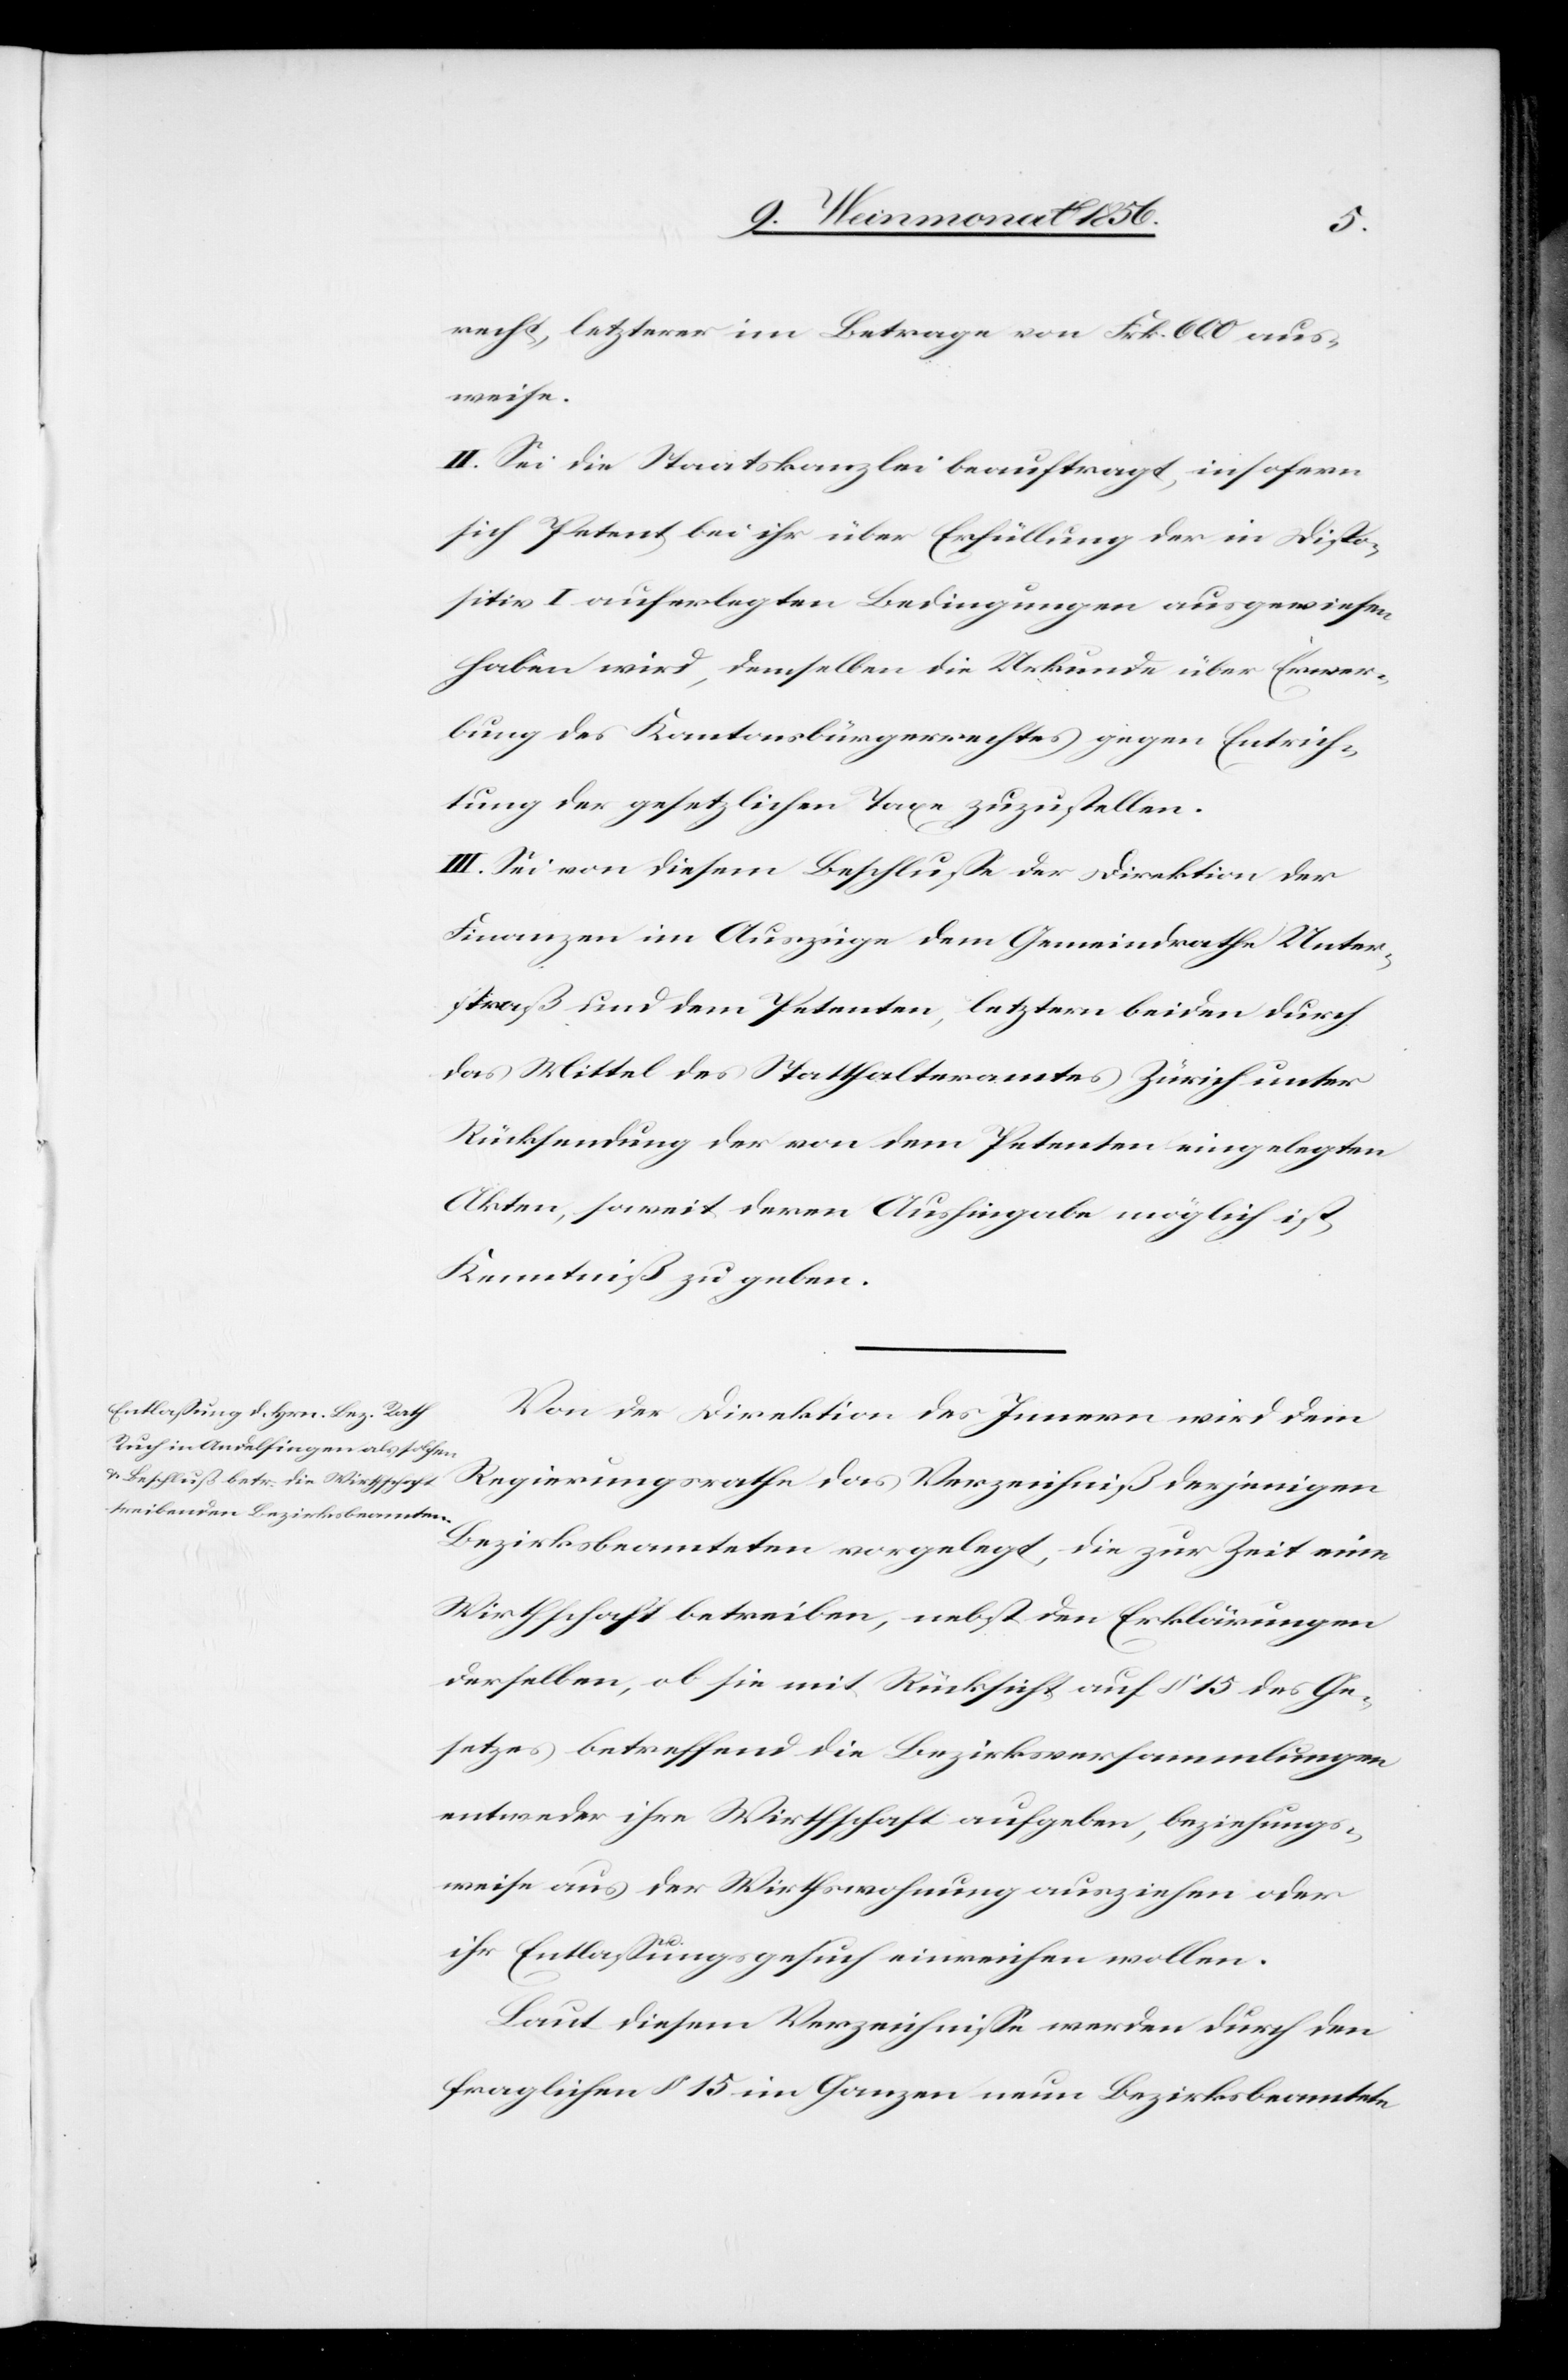
recht, letzterer im Betrage von Frk. 600 aus¬
weise.
II. Sei die Staatskanzlei beauftragt, insofern
sich Petent bei ihr über Erfüllung der in Dispo¬
sitiv I auferlegten Bedingungen ausgewiesen
haben wird, demselben die Urkunde über Erwer¬
bung des Kantonsbürgerrechtes gegen Entrich¬
tung der gesetzlichen Taxe zuzustellen.
III. Sei von diesem Beschlusse der Direktion der
Finanzen im Auszuge dem Gemeindrathe Unter¬
straß und dem Petenten, letztern beiden durch
das Mittel des Statthalteramtes Zürich unter
Rücksendung der von dem Petenten eingelegten
Akten, soweit deren Aushingabe möglich ist,
Kenntniß zu geben.
Von der Direktion des Innern wird dem
Regierungsrathe das Verzeichniß derjenigen
Bezirksbeamteten vorgelegt, die zur Zeit eine
Wirthschaft betreiben, nebst den Erklärungen
derselben, ob sie mit Rücksicht auf § 15 des Ge¬
setzes betreffend die Bezirksversammlungen
entweder ihre Wirthschaft aufgeben, beziehungs¬
weise aus der Wirthswohnung ausziehen oder
ihr Entlassungsgesuch einreichen wollen.
Laut diesem Verzeichnisse werden durch den
fraglichen § 15 im Ganzen neun Bezirksbeamtete